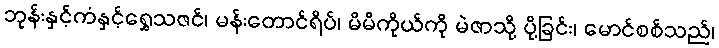
ဘုန်းနှင့်ကံနှင့်ရွှေသဇင်၊ မန်းတောင်ရိပ်၊ မိမိကိုယ်ကို မဲဇာသို့ ပို့ခြင်း၊ မောင်စစ်သည်၊